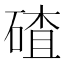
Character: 碴